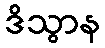
ဒိသွာန